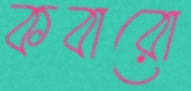
কবারো